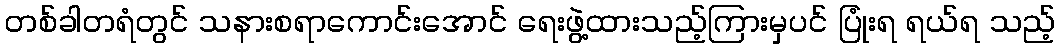
တစ်ခါတရံတွင် သနားစရာကောင်းအောင် ရေးဖွဲ့ထားသည့်ကြားမှပင် ပြုံးရ ရယ်ရ သည့်